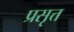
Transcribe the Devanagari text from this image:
प्रसृत्त